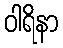
ဝါရိနာ